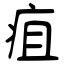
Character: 疽